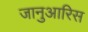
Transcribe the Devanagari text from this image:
जानुआरिस